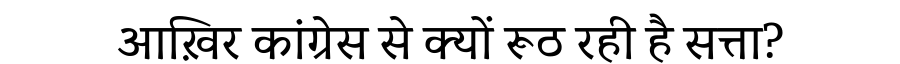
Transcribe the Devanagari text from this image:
आख़िर कांग्रेस से क्यों रूठ रही है सत्ता?